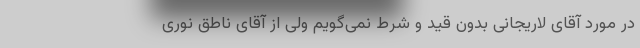
در مورد آقای لاریجانی بدون قید و شرط نمی‌گویم ولی از آقای ناطق نوری